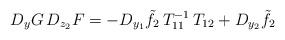
LaTeX: \begin{align*}D_y G \,D_{z_2} F = -D_{y_1} \tilde f_2 \,T_{11}^{-1}\, T_{12}+ D_{y_2} \tilde f_2\end{align*}